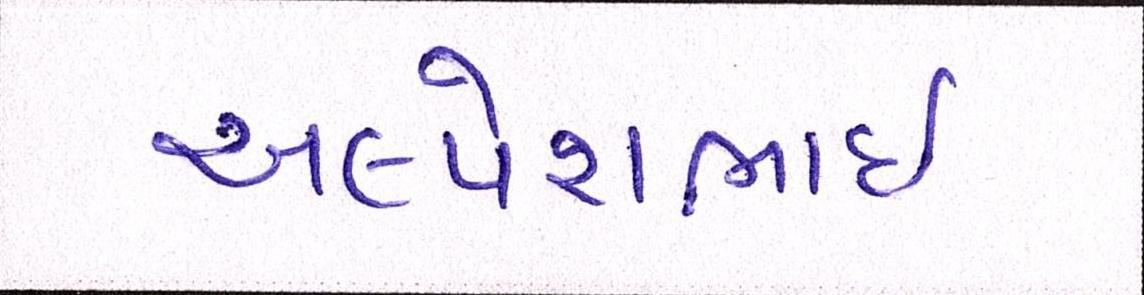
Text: અલ્પેશભાઇ